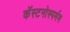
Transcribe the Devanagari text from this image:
कॅस्टनोस्पर्मम